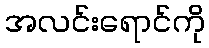
အလင်းရောင်ကို